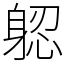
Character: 躵